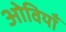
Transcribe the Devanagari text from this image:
ओवियाँ